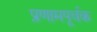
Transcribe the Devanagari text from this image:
प्रणामपूर्वक